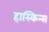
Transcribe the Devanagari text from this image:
हास्किन्स